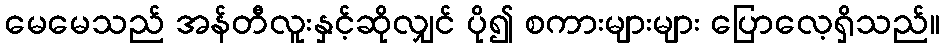
မေမေသည် အန်တီလူးနှင့်ဆိုလျှင် ပို၍ စကားများများ ပြောလေ့ရှိသည်။